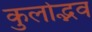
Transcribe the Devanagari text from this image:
कुलोद्भव